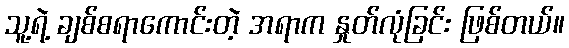
သူ့ရဲ့ ချစ်စရာကောင်းတဲ့ အရာက နှုတ်လုံခြင်း ဖြစ်တယ်။